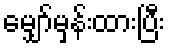
မျှော်မှန်းထားပြီး